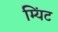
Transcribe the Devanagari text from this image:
म्यिंट